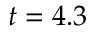
t = 4 . 3